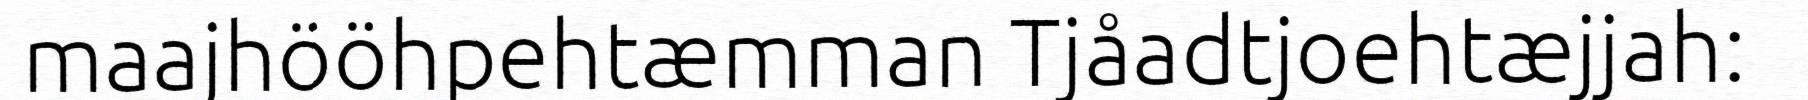
maajhööhpehtæmman Tjåadtjoehtæjjah: